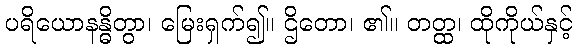
ပရိယောနန္ဓိတွာ၊ မြေးရှက်၍။ ဌိတော၊ ၏။ တတ္ထ၊ ထိုကိုယ်နှင့်